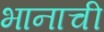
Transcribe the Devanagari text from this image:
भानाची